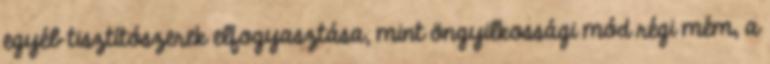
egyéb tisztítószerek elfogyasztása, mint öngyilkossági mód régi mém, a